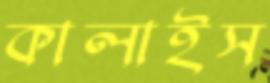
কালাইস